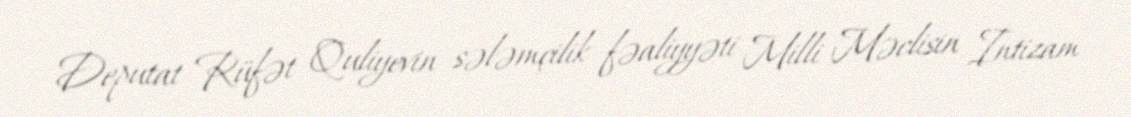
Deputat Rüfət Quliyevin sələmçilik fəaliyyəti Milli Məclisin İntizam